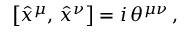
\left[ \hat { x } ^ { \mu } , \, \hat { x } ^ { \nu } \right] = i \, \theta ^ { \mu \nu } \, ,